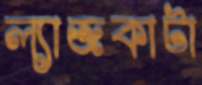
ল্যাজকাটা